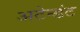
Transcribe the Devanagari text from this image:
अटेन्डंट